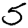
Digit: 5